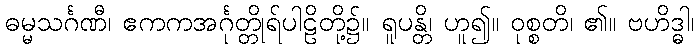
ဓမ္မသင်္ဂဏီ၊ ဧကကအင်္ဂုတ္တိုရ်ပါဠိတို့၌။ ရူပန္တိ၊ ဟူ၍။ ဝုစ္စတိ၊ ၏။ ဗဟိဒ္ဓါ၊